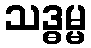
သဒ္ဓမ္မ